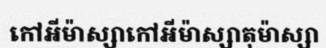
កៅអីម៉ាស្សាកៅអីម៉ាស្សាតុម៉ាស្សា